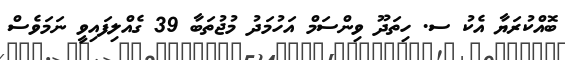
ބޮއްކުރަޔާ އެކު ސ. ހިތަދޫ ވިންސަމް އަހުމަދު މުޖުތަބާ 39 ގެއްލިފައިވީ ނަމަވެސް